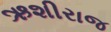
ઋશીરાજ